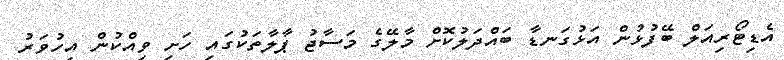
އެޑިޓޯރިއަލް ބޭފުޅުން އަޅުގަނޑާ ބައްދަލުކޮށް މާލޭގެ މަސާޖު ޕާލާތަކުގައި ހަށި ވިއްކުން އިހުވަރު